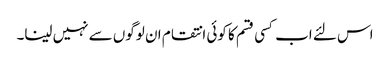
اس لئے اب کسی قسم کا کوئی انتقام ان لوگوں سے نہیں لینا۔